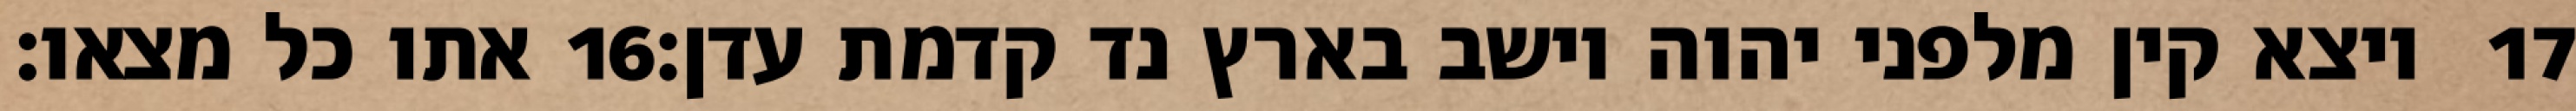
אתו כל מצאו׃ ‎16‏ ויצא קין מלפני יהוה וישב בארץ נד קדמת עדן׃ ‎17‏